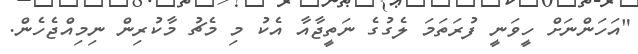
"އަހަންނަށް ހީވަނީ ފުރަތަމަ ލެގުގެ ނަތީޖާއާ އެކު މި މެޗު މާކުރިން ނިމިއްޖެހެން.